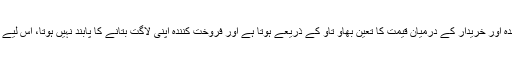
اس میں چونکہ فروخت کنندہ اور خریدار کے درمیان قیمت کا تعین بھاؤ تاؤ کے ذریعے ہوتا ہے اور فروخت کنندہ اپنی لاگت بتانے کا پابند نہیں ہوتا، اس لیے اسے ‘مساومہ’ کہتے ہیں ۔